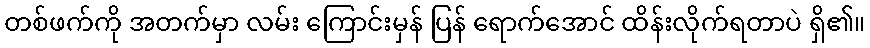
တစ်ဖက်ကို အတက်မှာ လမ်း ကြောင်းမှန် ပြန် ရောက်အောင် ထိန်းလိုက်ရတာပဲ ရှိ၏။